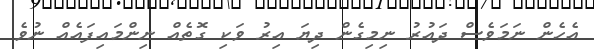
އެހެން ނަމަވެސް ދައުރު ނިމިގެން ދިޔަ އިރު ވަކި ގޮތެއް ނިންމައިފައެއް ނުވެ